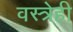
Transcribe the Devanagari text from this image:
वस्त्रेही